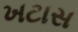
ખટાસ